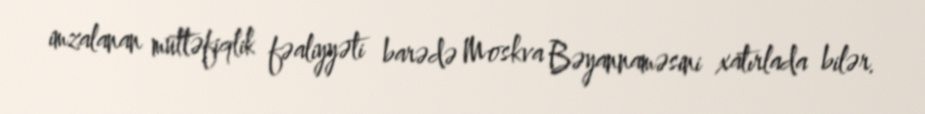
imzalanan müttəfiqlik fəaliyyəti barədə Moskva Bəyannaməsini xatırlada bilər.